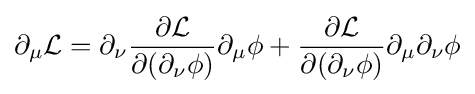
\partial _{\mu }{\mathcal {L}}=\partial _{\nu }{\frac {\partial {\mathcal {L}}}{\partial (\partial _{\nu }\phi )}}\partial _{\mu }\phi +{\frac {\partial {\mathcal {L}}}{\partial (\partial _{\nu }\phi )}}\partial _{\mu }\partial _{\nu }\phi